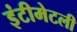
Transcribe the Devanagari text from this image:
इंटीमेटली